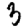
Digit: 3